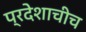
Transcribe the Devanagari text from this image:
प्रदेशाचीच